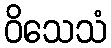
ဝိသေသံ